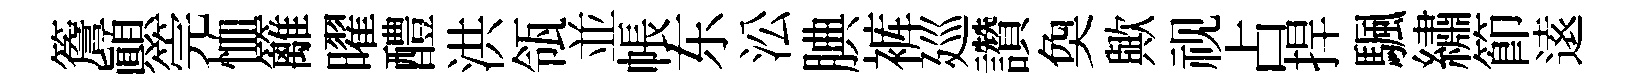
簷顚筦恤籬曜醴洪瓴並帳东㳂腆裤廵讚奐歟视占捍颿繡節逺